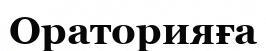
Ораторияға